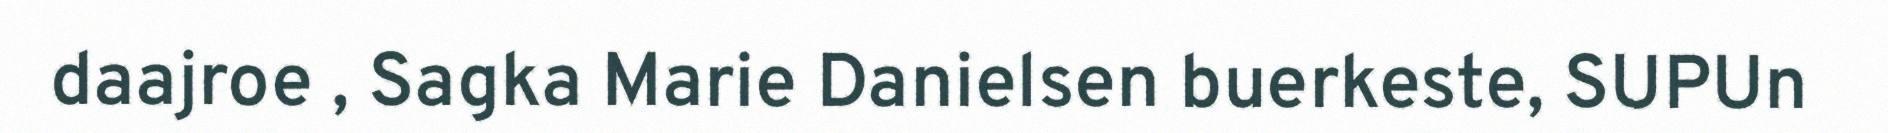
daajroe , Sagka Marie Danielsen buerkeste, SUPUn